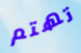
تهتم